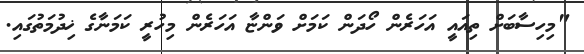
"މިހިސާބަށް ތިއައީ އަހަރެން ހޯދަން ކަމަށް ވަންޏާ އަހަރެން މިހުރީ ކަމަނާގެ ޚިދުމަތުގައި.